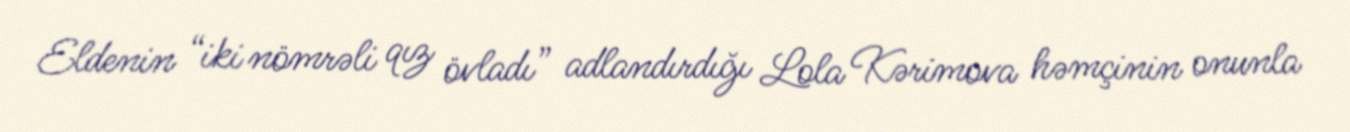
Eldenin “iki nömrəli qız övladı” adlandırdığı Lola Kərimova həmçinin onunla